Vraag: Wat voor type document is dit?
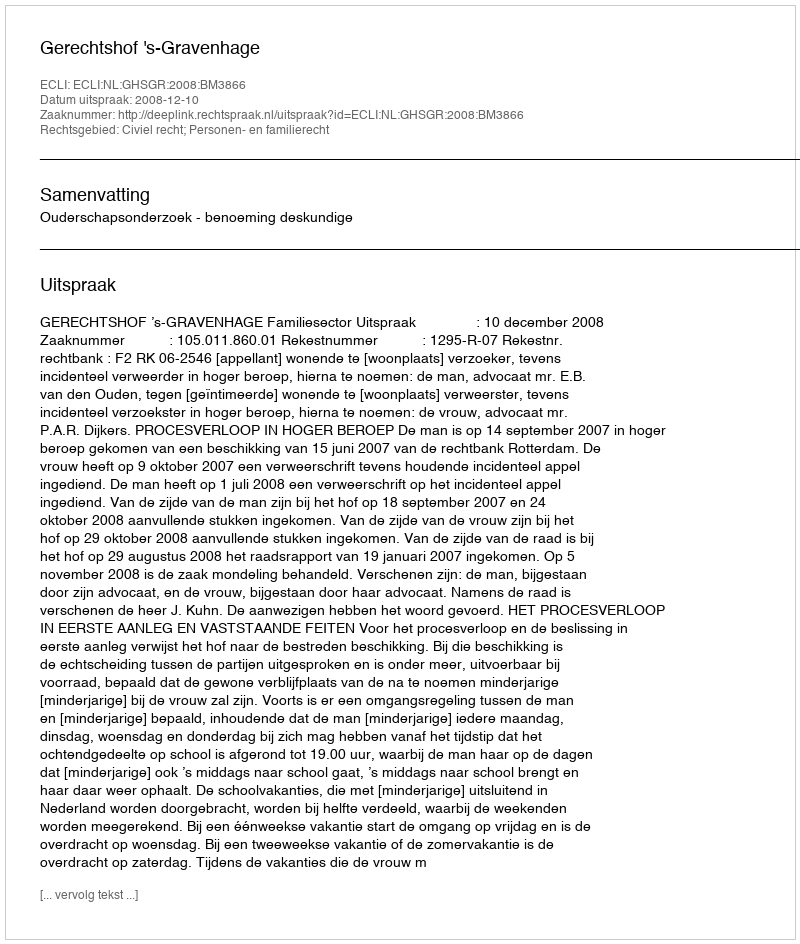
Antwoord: Uitspraak